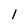
Character: l